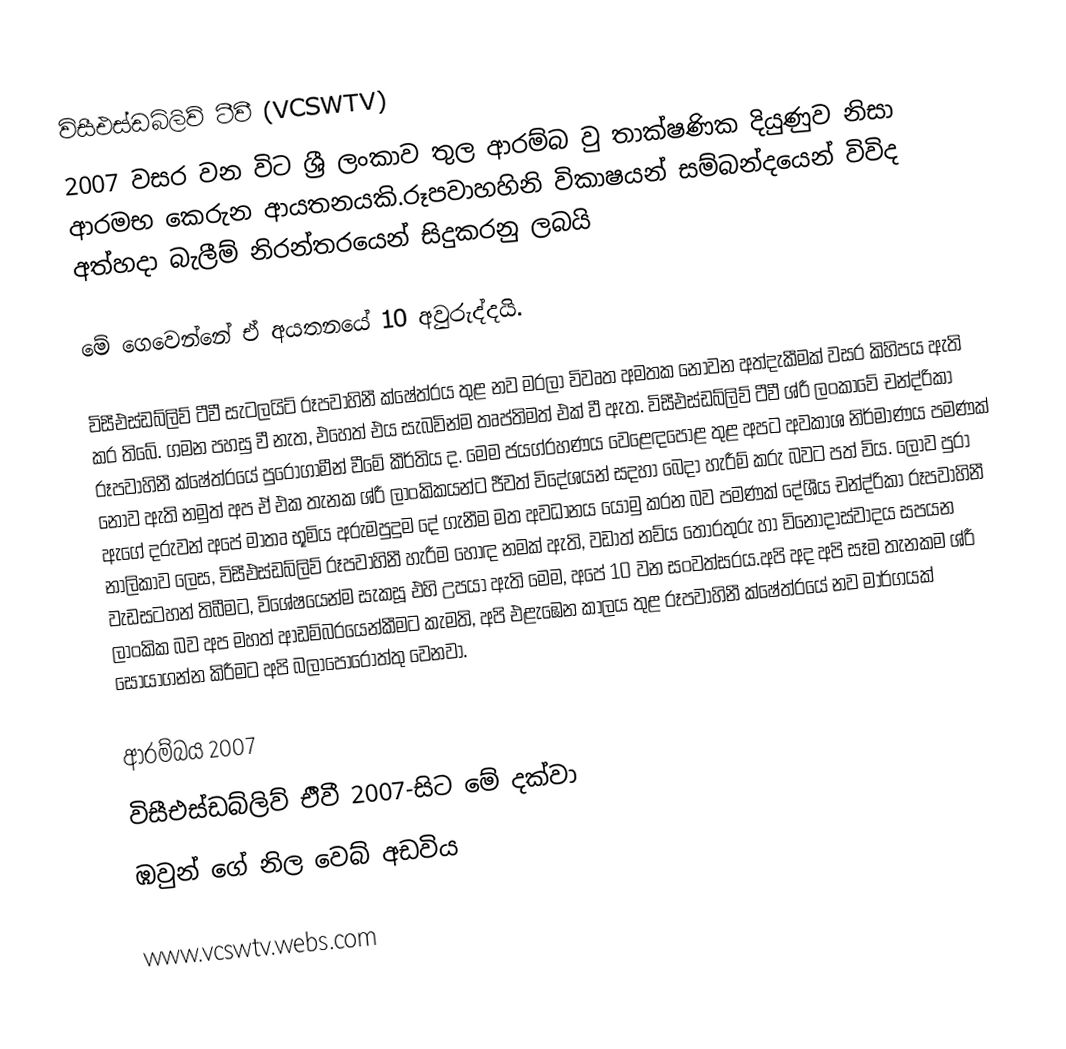
විසීඑස්ඩබ්ලිව් ටීවී (VCSWTV)
2007 වසර වන විට ශ්‍රී ලංකාව තුල ආරම්බ වු තාක්ෂණික දියුණුව නිසා ආරමභ කෙරුන ආයතනයකි.රූපවාහහිනි විකාෂයන් සම්බන්දයෙන් විවිද අත්හදා බැලීම් නිරන්තරයෙන් සිදුකරනු ලබයි

මේ ගෙවෙන්නේ ඒ අයතනයේ 10 අවුරුද්දයි.

විසීඑස්ඩබ්ලිව් ටීවී සැටලයිට් රූපවාහිනී ක්ෂේත්රය තුළ නව මරලා විවෘත අමතක නොවන අත්දැකීමක් වසර කිහිපය ඇති කර තිබේ. ගමන පහසු වී නැත, එහෙත් එය සැබවින්ම තෘප්තිමත් එක් වී ඇත. විසීඑස්ඩබ්ලිව් ටීවී ශ්රී ලංකාවේ චන්ද්රිකා රූපවාහිනී ක්ෂේත්රයේ පුරෝගාමීන් වීමේ කීර්තිය ද. මෙම ජයග්රහණය වෙළෙඳපොළ තුළ අපට අවකාශ නිර්මාණය පමණක් නොව ඇති නමුත් අප ඒ එක තැනක ශ්රී ලාංකිකයන්ට ජීවත් විදේශයන් සදහා බෙදා හැරීම් කරු බවට පත් විය. ලොව පුරා ඇගේ දරුවන් අපේ මාතෘ භූමිය අරුමපුදුම දේ ගැනීම මත අවධානය යොමු කරන බව පමණක් දේශීය චන්ද්රිකා රූපවාහිනී නාලිකාව ලෙස, විසීඑස්ඩබ්ලිව් රූපවාහිනී හැරීම හොඳ නමක් ඇති, වඩාත් නව්ය තොරතුරු හා විනෝදාස්වාදය සපයන වැඩසටහන් තිබීමට, විශේෂයෙන්ම සැකසූ එහි උපයා ඇති මෙම, අපේ 10 වන සංවත්සරය.අපි අද අපි සෑම තැනකම ශ්රී ලාංකික බව අප මහත් ආඩම්බරයෙන්කීමට කැමති, අපි එළැඹෙන කාලය තුළ රූපවාහිනී ක්ෂේත්රයේ නව මාර්ගයක් සොයාගන්න කිරීමට අපි බලාපොරොත්තු වෙනවා.

ආරම්බය 2007
විසීඑස්ඩබ්ලිව් එීවී 2007-සිට මේ දක්වා
ඹවුන් ගේ නිල වෙබ් අඩවිය

www.vcswtv.webs.com